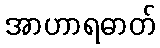
အာဟာရဓာတ်